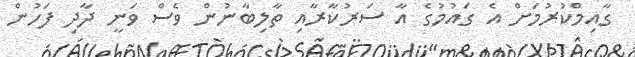
ގާއިމްކުރުމަށް އެ ގައުމުގެ އާ ސަރުކާރާއި ތާލިބާނުން ވެސް ވަނީ ދާދި ފަހުން